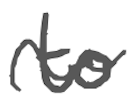
Text: to
Cross-out: wave
Writing tool: digital_gray